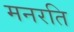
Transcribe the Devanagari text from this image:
मनरति